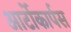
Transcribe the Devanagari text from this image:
आर्टोकार्पस